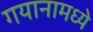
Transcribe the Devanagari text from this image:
गयानामध्ये